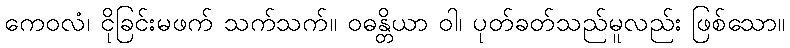
ကေဝလံ၊ ငိုခြင်းမဖက် သက်သက်။ ဝဓန္တိယာ ဝါ၊ ပုတ်ခတ်သည်မူလည်း ဖြစ်သော။